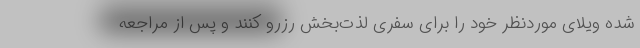
شده ویلای موردنظر خود را برای سفری لذت‌بخش رزرو کنند و پس از مراجعه